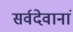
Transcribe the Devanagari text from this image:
सर्वदेवानां